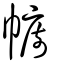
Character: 幮